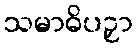
သမာဓိပဉှာ